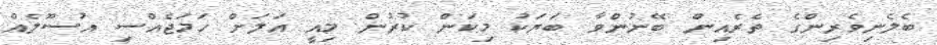
ބެލެނިވެރިންގެ ތެރެއިން ބޭނުންވާ ބަޔަކު މިކަން ކުރުން މިއީ އަލަށް ހަމަޖެއްސި އުސޫލެއް